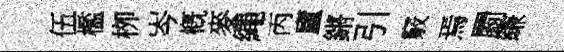
伍檻栁岑槪麥繩丙廬鏘引竅焉罽縑